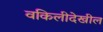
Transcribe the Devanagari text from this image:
वकिलीदेखील